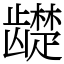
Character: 𬺓